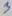
Text: 3